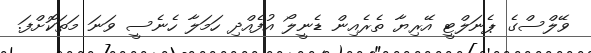
ވޭލްސްގެ ޕެނަލްޓީ އޭރިޔާ ތެރެއިން ޑެނީލޯ އުފެއްދި ހަމަލާ ހެނެސީ ވަނަ މަތަކޮށްފަ.